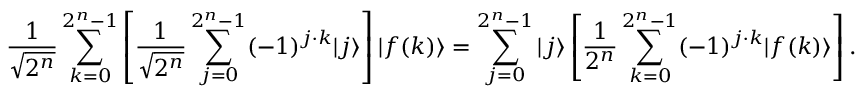
{ \frac { 1 } { \sqrt { 2 ^ { n } } } } \sum _ { k = 0 } ^ { 2 ^ { n } - 1 } \left[ { \frac { 1 } { \sqrt { 2 ^ { n } } } } \sum _ { j = 0 } ^ { 2 ^ { n } - 1 } ( - 1 ) ^ { j \cdot k } | j \rangle \right] | f ( k ) \rangle = \sum _ { j = 0 } ^ { 2 ^ { n } - 1 } | j \rangle \left[ { \frac { 1 } { 2 ^ { n } } } \sum _ { k = 0 } ^ { 2 ^ { n } - 1 } ( - 1 ) ^ { j \cdot k } | f ( k ) \rangle \right] .